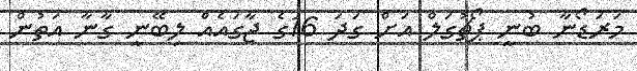
މަރަޑޯނާ ބުނީ ޕޯޗުގަލް އަށް ގަދަ 16ގެ ޖާގައެއް ލިބޭނީ ގާނާ އަތުން